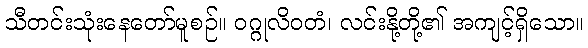
သီတင်းသုံးနေတော်မူစဉ်။ ဝဂ္ဂုလိဝတံ၊ လင်းနို့တို့၏ အကျင့်ရှိသော။